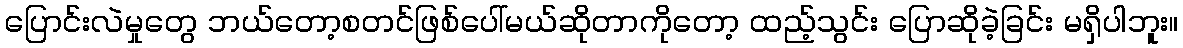
ပြောင်းလဲမှုတွေ ဘယ်တော့စတင်ဖြစ်ပေါ်မယ်ဆိုတာကိုတော့ ထည့်သွင်း ပြောဆိုခဲ့ခြင်း မရှိပါဘူး။